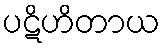
ပဋိဟိတာယ